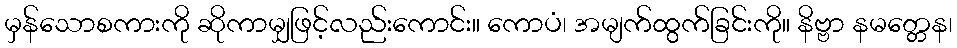
မှန်သောစကားကို ဆိုကာမျှဖြင့်လည်းကောင်း။ ကောပံ၊ အမျက်ထွက်ခြင်းကို။ နိဗ္ဗာ နမတ္တေန၊